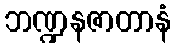
ဘဏ္ဍနဇာတာနံ